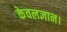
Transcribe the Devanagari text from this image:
केवलज्ञान।